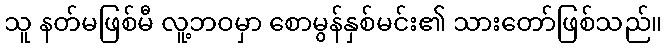
သူ နတ်မဖြစ်မီ လူ့ဘဝမှာ စောမွန်နှစ်မင်း၏ သားတော်ဖြစ်သည်။